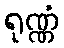
ရုဏ္ဏံ